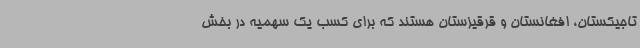
تاجیکستان، افغانستان و قرقیزستان هستند که برای کسب یک سهمیه در بخش